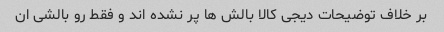
بر خلاف توضیحات دیجی کالا بالش ها پر نشده اند و فقط رو بالشی ان